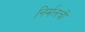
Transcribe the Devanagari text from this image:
निर्मलची